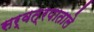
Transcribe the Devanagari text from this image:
सर्वत्रपाताले